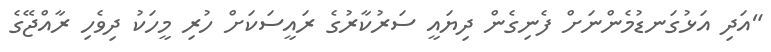
"އަދި އަޅުގަނޑުމެންނަށް ފެނިގެން ދިޔައީ ސަރުކާރުގެ ރައީސަކަށް ހުރި މީހަކު ދިވެހި ރާއްޖޭގެ